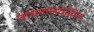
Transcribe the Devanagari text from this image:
वाचनालयांतील